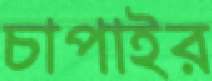
চাপাইর